Civil Veterinary Dept. Bombay admin report 1923-31 - 1923-1931
Year: 1923
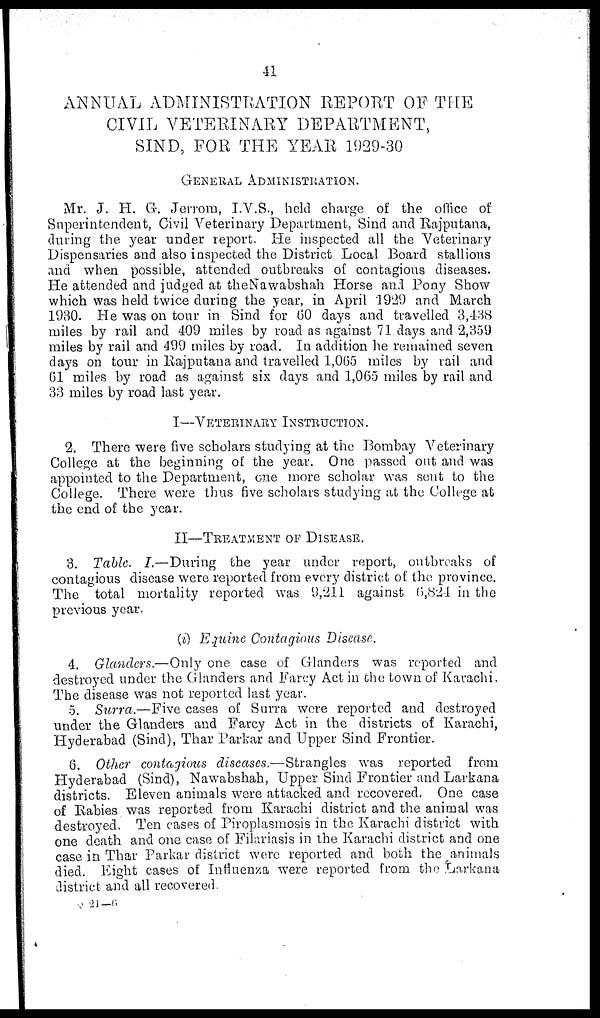
41
ANNUAL ADMINISTRATION REPORT OF THE
CIVIL VETERINARY DEPARTMENT,
SIND, FOR THE YEAR 1929-30
GENERAL ADMINISTRATION.
Mr. J. H. G. Jerrom, I.V.S., held charge of the office of
Superintendent, Civil Veterinary Department, Sind and Rajputana,
during the year under report. He inspected all the Veterinary
Dispensaries and also inspected the District Local Board stallions
and when possible, attended outbreaks of contagious diseases.
He attended and judged at the Nawabshah Horse and Pony Show
which was held twice during the year, in April 1929 and March
1930. He was on tour in Sind for 60 days and travelled 3,438
miles by rail and 409 miles by road as against 71 days and 2,359
miles by rail and 499 miles by road. In addition he remained seven
days on tour in Rajputana and travelled 1,065 miles by rail and
61 miles by road as against six days and 1,065 miles by rail and
33 miles by road last year.
I—VETERINARY INSTRUCTION.
2. There were five scholars studying at the Bombay Veterinary
College at the beginning of the year. One passed out and was
appointed to the Department, one more scholar was sent to the
College. There were thus five scholars studying at the College at
the end of the year.
II—TREATMENT OF DISEASE.
3. Table. I.—During the year under report, outbreaks of
contagious disease were reported from every district of the province.
The total mortality reported was 9,211 against 6,824 in the
previous year.
(i) Equine Contagious Disease.
4. Glanders.—Only one case of Glanders was reported and
destroyed under the Glanders and Farcy Act in the town of Karachi,
The disease was not reported last year.
5. Surra.—Five cases of Surra were reported and destroyed
under the Glanders and Farcy Act in the districts of Karachi,
Hyderabad (Sind), Thar Parkar and Upper Sind Frontier.
6. Other contagious diseases.—Strangles was reported from
Hyderabad (Sind), Nawabshah, Upper Sind Frontier and Larkana
districts. Eleven animals were attacked and recovered. One case
of Rabies was reported from Karachi district and the animal was
destroyed. Ten cases of Piroplasmosis in the Karachi district with
one death and one case of Filariasis in the Karachi district and one
case in Thar Parkar district were reported and both the animals
died. Eight cases of Influenza were reported from the Larkana
district and all recovered.
Q 21—6